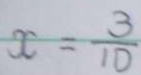
x = \frac { 3 } { 1 0 }